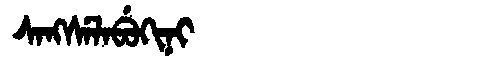
Manchu: ᠰᠠᠩᠰᡝᠯᠠᠪᡠᡴᡳᠨᡳ
Romanization: SANGSELABUKINI